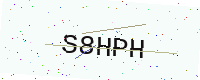
Text: S8HPH